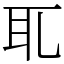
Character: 耴